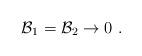
LaTeX: \begin{align*}{\cal B}_1 = {\cal B}_2 \rightarrow 0 \ .\end{align*}